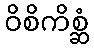
ဝိစိကိစ္ဆံ